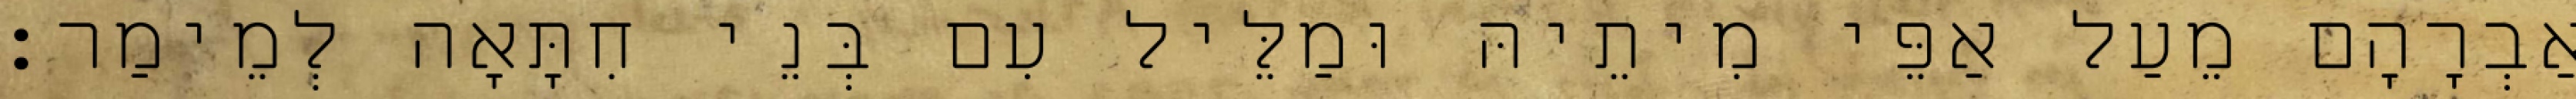
אַבְרָהָם מֵעַל אַפֵּי מִיתֵיהּ וּמַלֵּיל עִם בְּנֵי חִתָּאָה לְמֵימַר׃